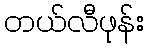
တယ်လီဖုန်း